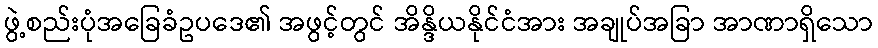
ဖွဲ့စည်းပုံအခြေခံဥပဒေ၏ အဖွင့်တွင် အိန္ဒိယနိုင်ငံအား အချုပ်အခြာ အာဏာရှိသော